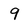
Character: 9